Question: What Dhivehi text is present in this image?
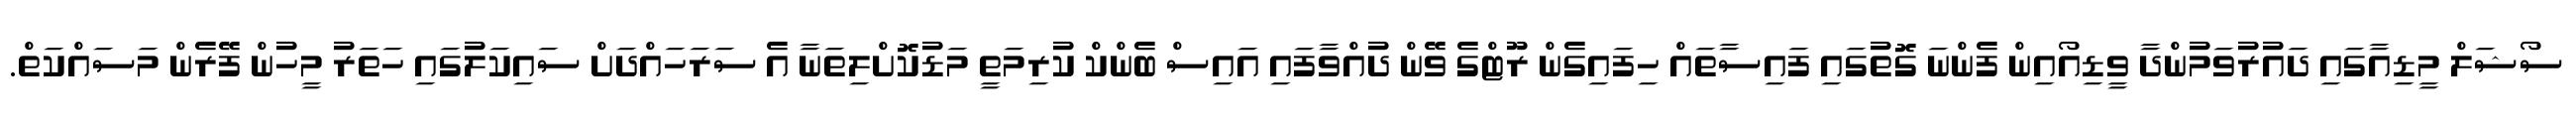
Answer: ސޯޝަލް މީޑިއާގައި ދައުރުވަމުންދާ ވީޑިއޯއިން ފެންނަ ގޮތުގައި ފައިސާތައް ހިފައިގެން ރޫޓްގެ ވޭން ދުއްވާފައި އައިސް ބެންކް ކުރިމަތީ މަޑުކޮށްލިތަނާ އެ ސަރަހައްދަށް ސައިކަލުގައި ހަތަރު މީހުން ފޭރެން މަސައްކަތް.